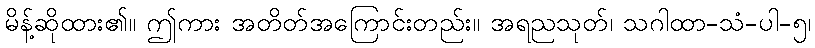
မိန့်ဆိုထား၏။ ဤကား အတိတ်အကြောင်းတည်း။ အရညသုတ်၊ သဂါထာ-သံ-ပါ-၅၊